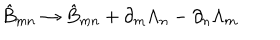
LaTeX: \hat { B } _ { m n } \rightarrow \hat { B } _ { m n } + \partial _ { m } \Lambda _ { n } - \partial _ { n } \Lambda _ { m }